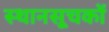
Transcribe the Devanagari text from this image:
स्थानसूचकों